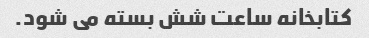
کتابخانه ساعت شش بسته می شود.